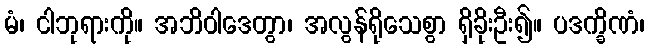
မံ၊ ငါဘုရားကို။ အဘိဝါဒေတွာ၊ အလွန်ရိုသေစွာ ရှိခိုးဦး၍။ ပဒက္ခိဏံ၊